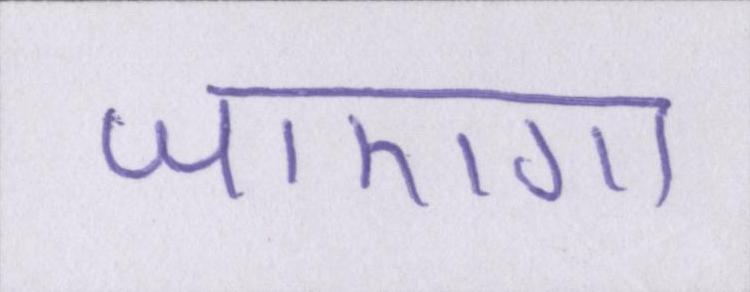
जाएगा